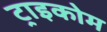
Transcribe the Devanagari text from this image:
ट्राइकोम